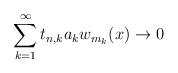
LaTeX: \begin{align*}\sum_{k=1}^\infty t_{n,k}a_kw_{m_k}(x)\to 0\end{align*}